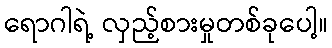
ရောဂါရဲ့ လှည့်စားမှုတစ်ခုပေါ့။